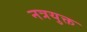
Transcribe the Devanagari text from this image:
नत्रयुक्त